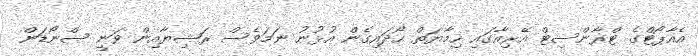
އެއާޕޯޓްގެ ޓްރާންސިޓް އޭރިއާގައި ހިމާޔަތް ހޯދައިގެން އުޅުނު ނަމަވެސް ރަޝިޔާއިން ވަނީ ސްނޯޑަން